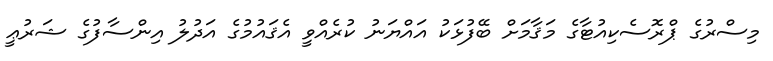
މިސްރުގެ ޕްރޮސެކިއުޓާގެ މަޤާމަށް ބޭފުޅަކު އައްޔަނު ކުރެއްވީ އެޤައުމުގެ އަދުލު އިންސާފުގެ ޝަރުޢީ